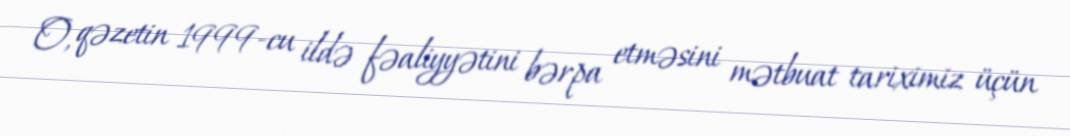
O, qəzetin 1999-cu ildə fəaliyyətini bərpa etməsini mətbuat tariximiz üçün